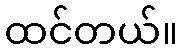
ထင်တယ်။